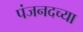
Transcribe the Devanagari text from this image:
पंजनदच्या